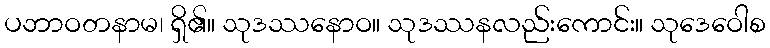
ပဘာဝတနာမ၊ ရှိ၏။ သုဒဿနောဝ။ သုဒဿနလည်းကောင်း။ သုဒေဝေါစ